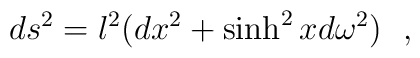
ds^2=l^2(dx^2+\sinh^2xd\omega^2)~~,